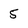
Character: 5